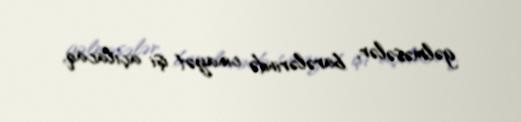
gəlməsələr, barələrində cinayət işi açılacaq.